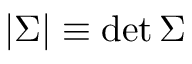
| { \boldsymbol { \Sigma } } | \equiv \operatorname* { d e t } { \boldsymbol { \Sigma } }